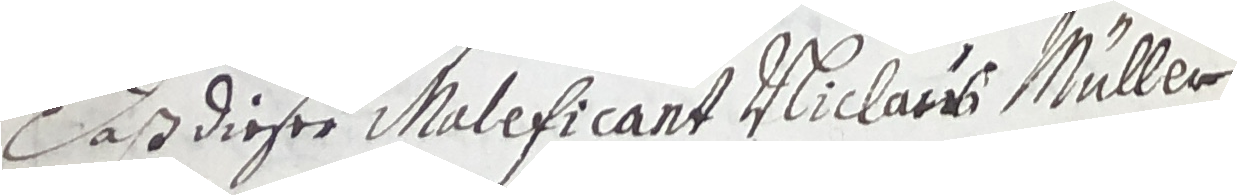
Daß dieser Maleficant Nuclauss Müller